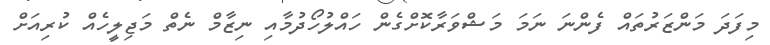
މިފަދަ މަންޒަރުތައް ފެންނަ ނަމަ މަޝްވަރާކޮށްގެން ހައްލުހޯދުމާއި ނިޒާމް ނެތް މަޖިލީހެއް ކުރިއަށް